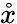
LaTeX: \mathring{x}